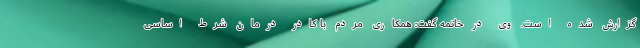
گزارش شده است. وی در خاتمه گفت: همکاری مردم با کادر درمان شرط اساسی